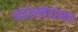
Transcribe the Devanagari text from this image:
आंतरसंबंधांबद्दल